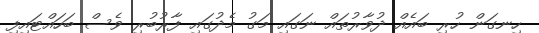
ހިނގަން ހުރި ބައެއް ދުވާރުތައް ނަގައި މަގު މެދުގައި ފާރުބުރި ވެސް ބަހައްޓައިފި